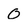
Character: 0